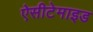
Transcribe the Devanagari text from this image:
ऐसीटेमाइड